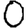
Digit: 0